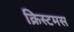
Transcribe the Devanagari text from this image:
क्रिस्टमस